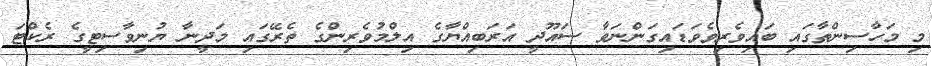
މި މަހާސިންތާގައި ބައިވެރިވެވަޑައިގަންނަވާ ސައޫދީ އަރަބިއްޔާގެ އިލްމުވެރިންގެ ތެރޭގައި މަދީނާ ޔުނިވާސިޓީގެ ރެކްޓަ